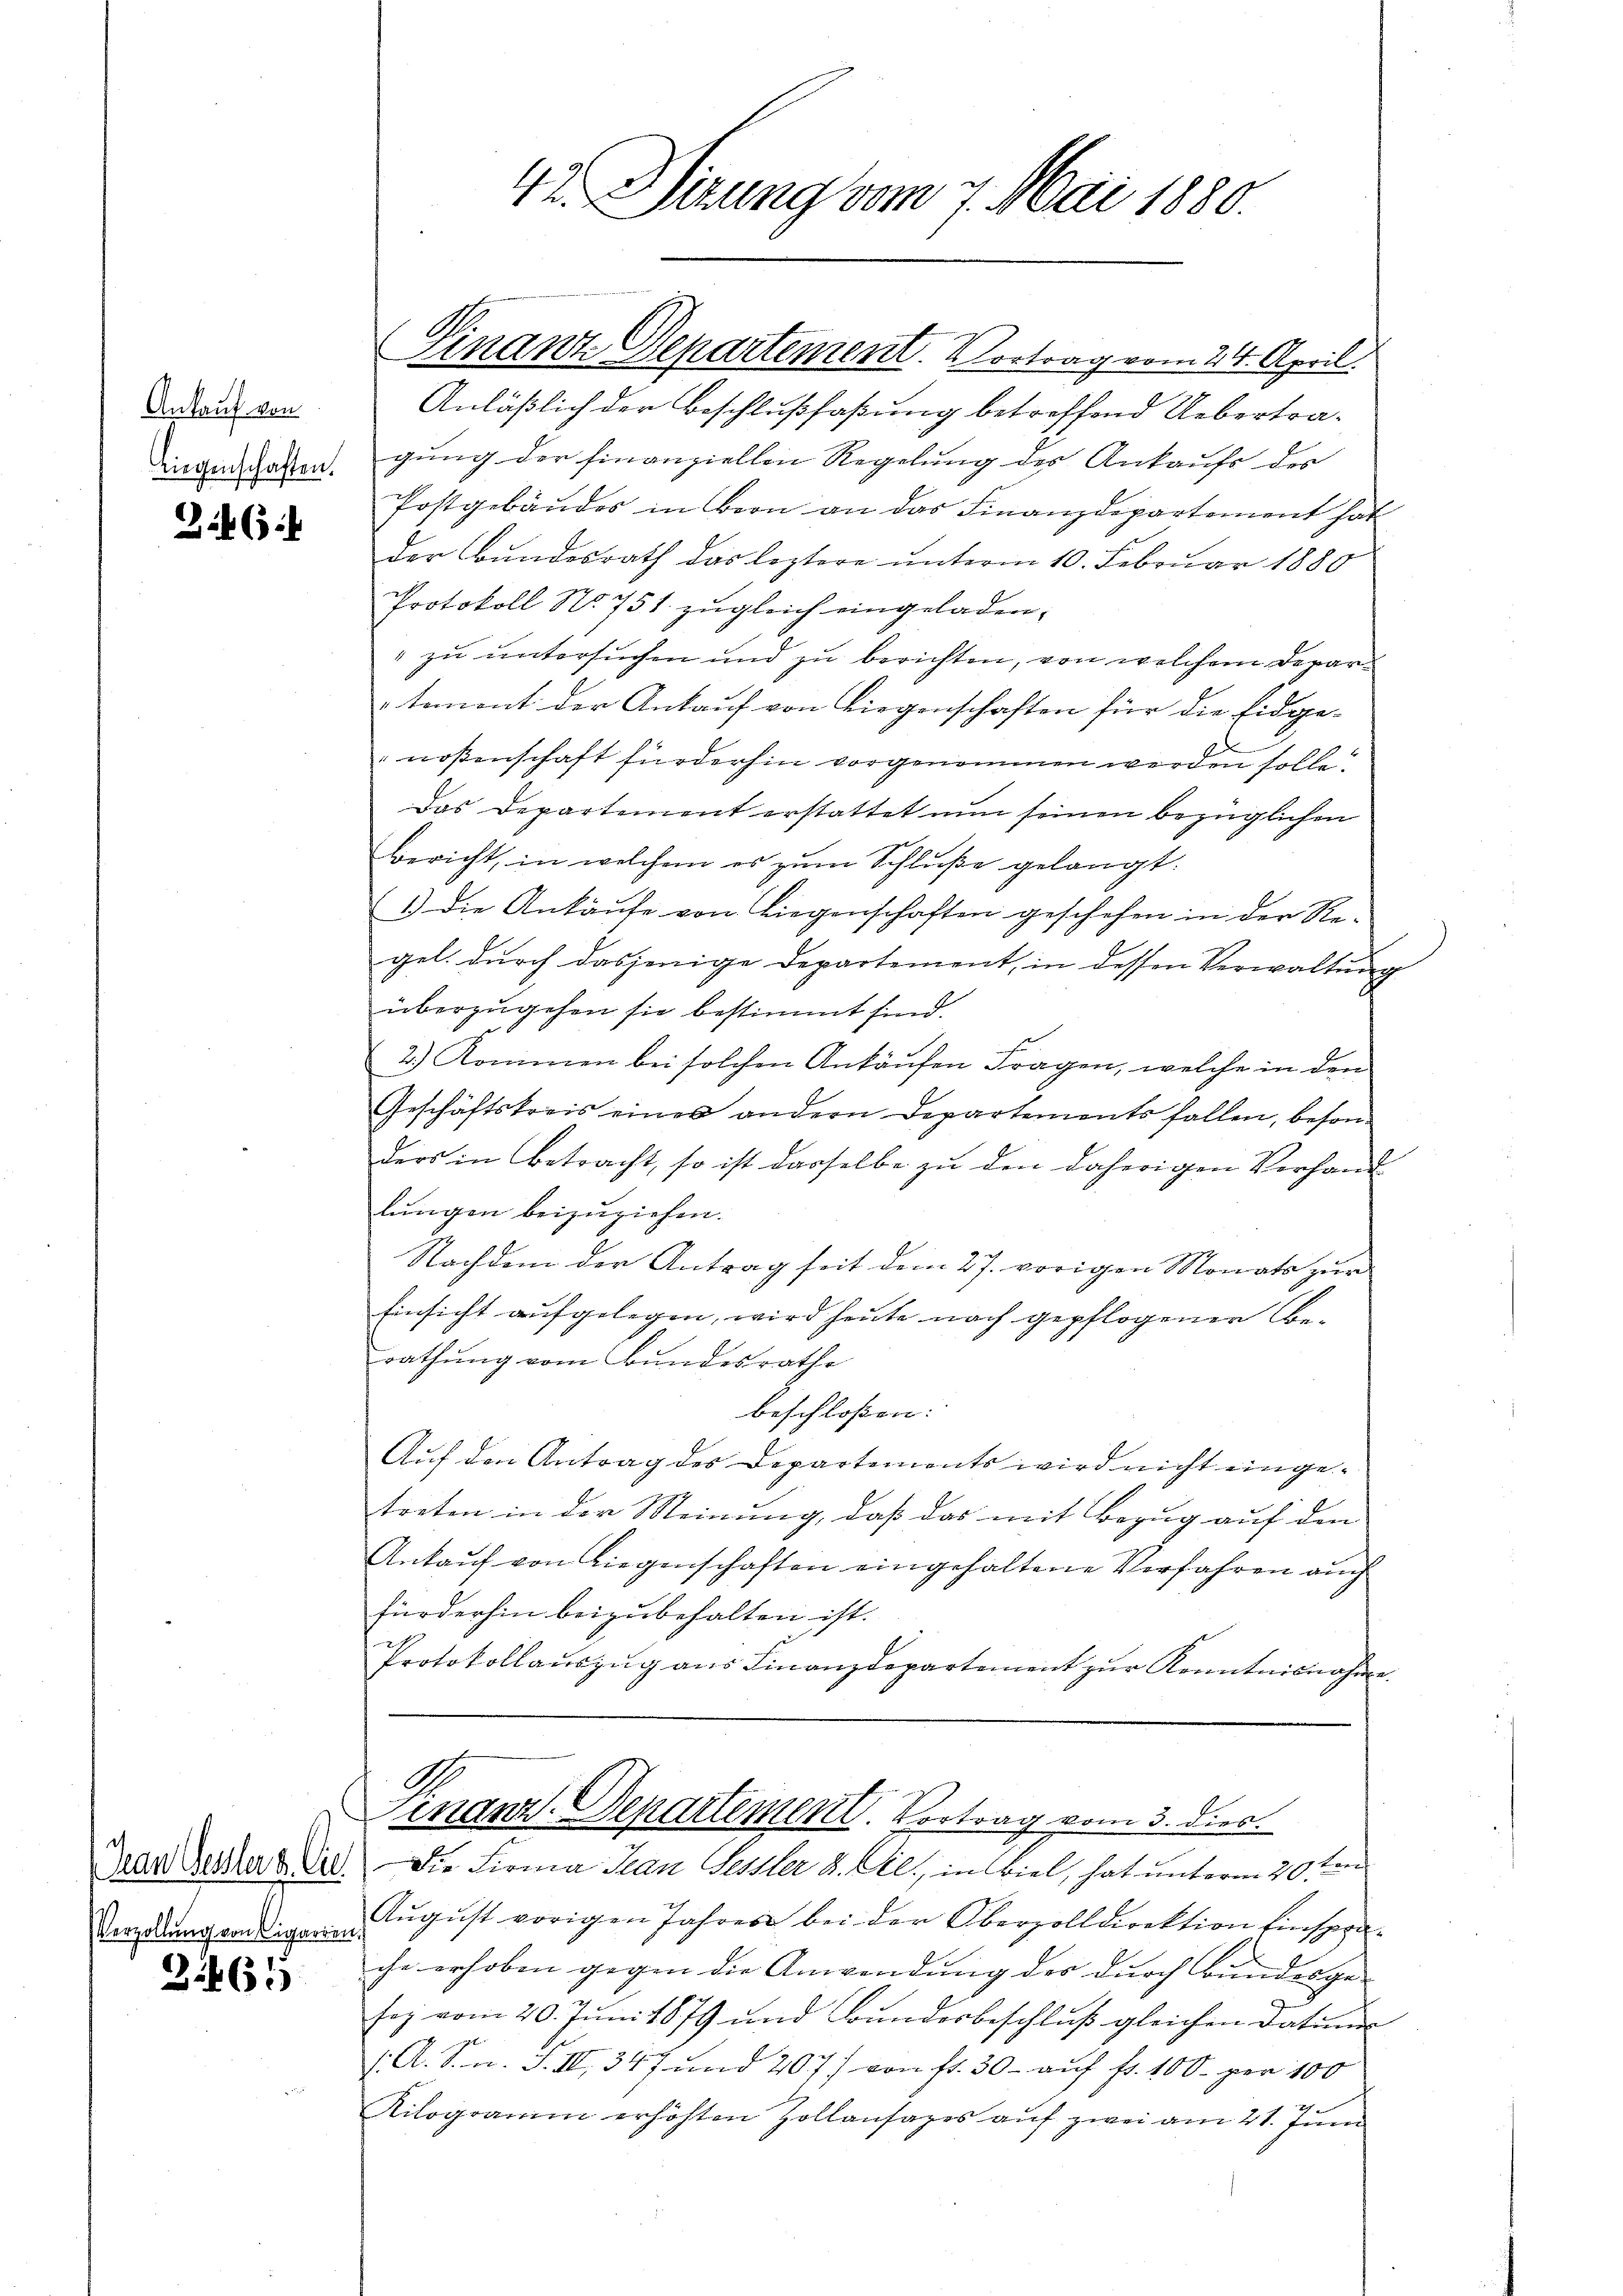
Ankauf von
Liegenschaften.

36:

Z 465

42. Sirung vom 7. Mai 1880.

Anläßlich der Beschlußfaßung betreffend Uebertragung der Finanziellen Regelung des Ankaufs des
Postgebäudes in Bern an das Finanzdepartement hat
der Bundesrath das leztere unterm 10. Februar 1880
Protokoll No 751. zugleich eingeladen,
" zu untersuchen und zu berichten, von welchem Departoment der Ankauf von Liegenschaften für die Eidge-
noßenschaft fürderhin vorgenommen werden solle.
Das Departement erstattet nun seinen bezüglichen
Bericht, in welchem es zum Schluße gelangt.
1.) Die Ankäufe von Liegenschaften geschehen in der Regel. durch dasjenige Departement, in dessen Verwaltŭng
überzugehen sie bestimmt sind.
2.) Kommen bei solchen Ankaŭfen Fragen, welche in den
Geschäftskreis eines andern Departements fallen, besonders in Betracht, so ist dasselbe zu den daherigen Verhand
lungen beizuziehen.
Nachdem der Antrag seit dem 27. vorigen Monats zur
Einsicht aufgelegen, wird heute nach gepflogener Berathung vom Bundesrathe
beschloßen:
Auf den Antrag des Departements wird nicht eingetreten in der Meinung, daß das mit Bezug auf den
Ankauf von Liegenschaften eingehaltene Verfahren auch
fürderhin beizubehalten ist.
Protokollaŭszŭg ans Finanzdepartement zŭr Kenntnisnahme.

Finanz-Departement. Vortrag vom 24. April.

A
Finanz. Departement. Vortrag vom 3. dies

Dran dessers die die Firma Jean Fessler d. Al., in viel, hat unterm 20. ten
Vernung wenigern August vorigen Jahres bei der Oberzolldirektion Einsprache erhoben gegen die Anwendung des durch Bundesge-
sez vom 20. Juni 1879 und Bundesbeschluß gleichen Datum
/. A. S. n. F. III 347 und 2077 von fl. 30- auf fr. 100 per 100
Kilogramm erhöhten Zollansages aŭf zwei am 21. Jŭni